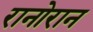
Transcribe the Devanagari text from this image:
रानोरान